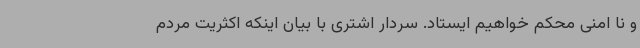
و نا امنی محکم خواهیم ایستاد. سردار اشتری با بیان اینکه اکثریت مردم